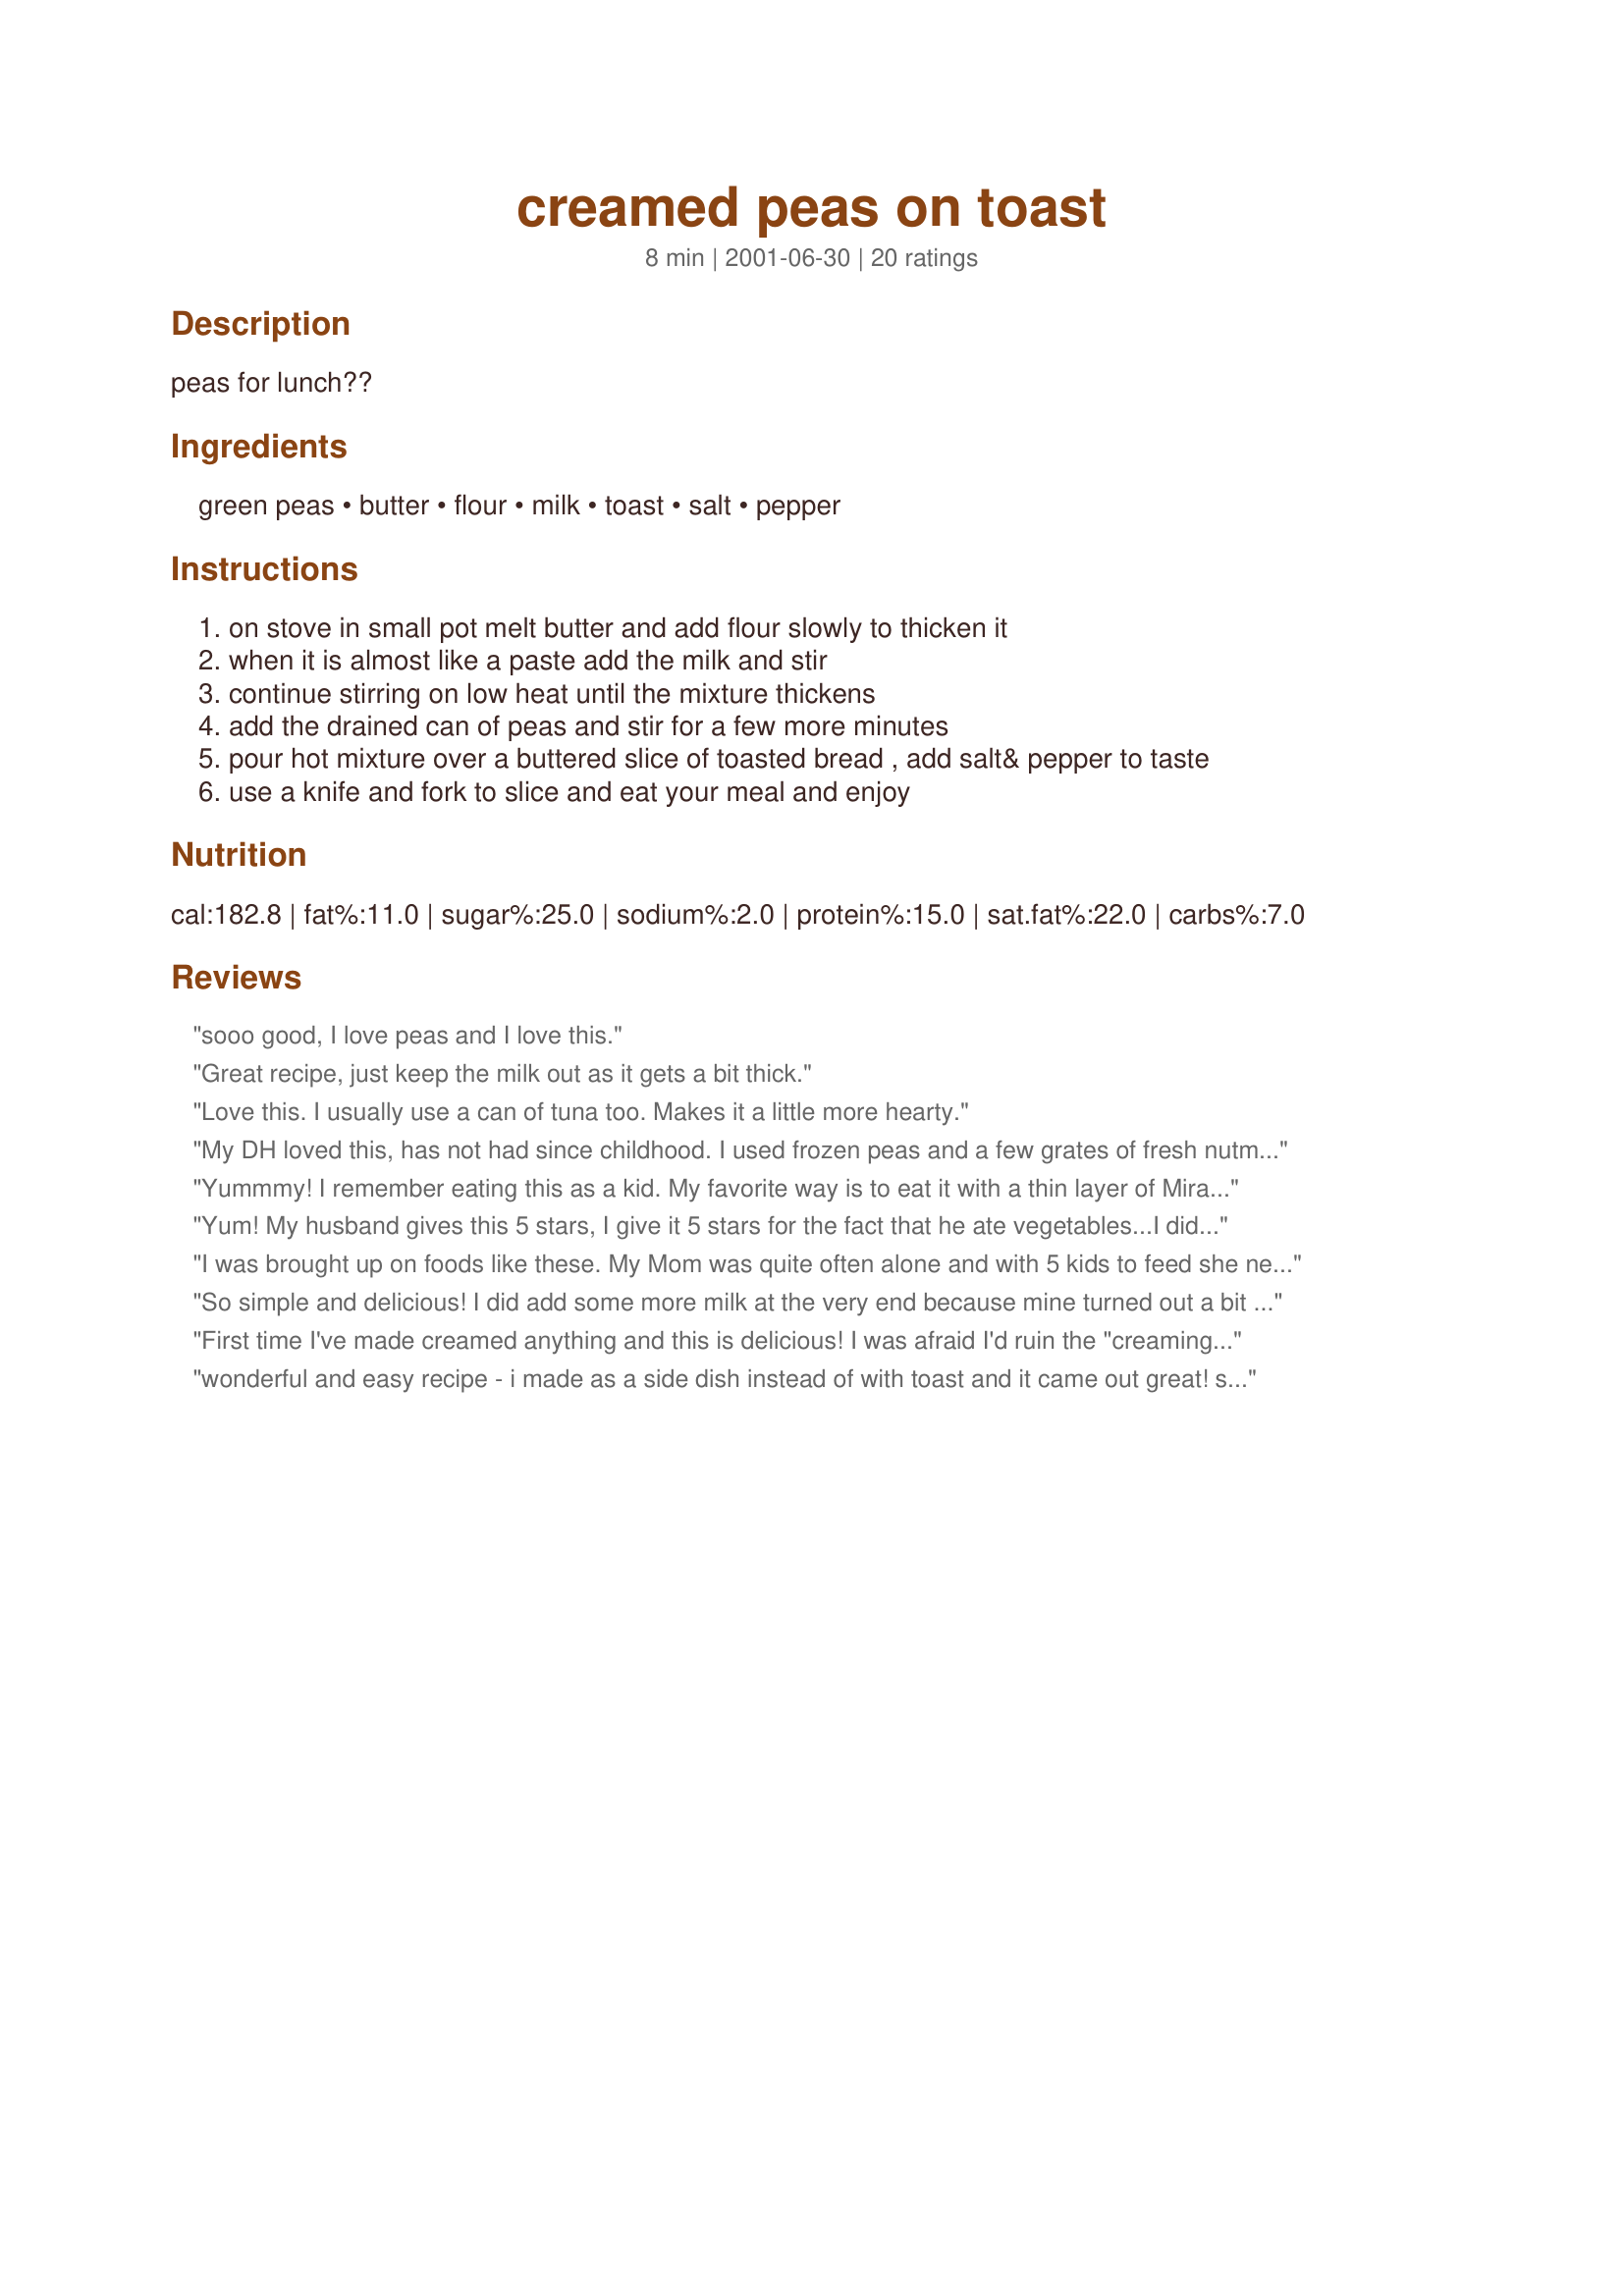
creamed peas on toast
Preparation time: 8 minutes

peas for lunch??

Ingredients:
green peas, butter, flour, milk, toast, salt, pepper

Steps:
on stove in small pot melt butter and add flour slowly to thicken it
when it is almost like a paste add the milk and stir
continue stirring on low heat until the mixture thickens
add the drained can of peas and stir for a few more minutes
pour hot mixture over a buttered slice of toasted bread , add salt& pepper to taste
use a knife and fork to slice and eat your meal and enjoy

Reviews:
sooo good, I love peas and I love this.
Great recipe, just keep the milk out as it gets a bit thick.
Love this. I usually use a can of tuna too. Makes it a little more hearty.
My DH loved this, has not had since childhood. I used frozen peas and a few grates of fresh nutmeg. We used the peas as a side dish for pork chops.
Yummmy! I remember eating this as a kid. My favorite way is to eat it with a thin layer of Miracle 
Whip and a couple of slices of bacon on the toast.
Yum! My husband gives this 5 stars, I give it 5 stars for the fact that he ate vegetables...I did end up adding about an extra cup of milk, the mixture turned into putty with just 1/2 cup of milk in it. Thanks for a quick, easy veggie for a week night. I didn't serve it on toast, but I imagine it would be fantastic on toast.
I was brought up on foods like these. My Mom was quite often alone and with 5 kids to feed she needed easy, filling good. I still love them to this day. The only thing I found different in this recipe is the amount of milk..I was taught a roux was usually 1 butter (tbsp) 1 flour (tbsp) 1 cup of milk or milk mixed with the juice of the peas or whatever vegetable you are using. Due to illness, there are many foods I can't eat but I love these comfort ones and they don't hurt me. I use olive oil becel in a dish, covered, and melt it in the microwave. I quickly whisk in the equal amount flour, then slowly add the milk pea juice to equal, whisking, then microwaving covered for 1 minute at a time then whisk each time. Once the peas are in, another minute or so in the microwave. Another goodie is creamed asparagus on toast..I mash the asparagus before adding to the roux. YUM!!! Cheap but easy dining, especially on a cold winter day!!!
So simple and delicious! I did add some more milk at the very end because mine turned out a bit thick for my tastes. Thanks a bunch for posting!
First time I've made creamed anything and this is delicious! I was afraid I'd ruin the "creaming" process, but it was very easy. I'll be honest, I didn't put this but used the creamed peas as a side dish. Perfect size for our little family of two.
wonderful and easy recipe - i made as a side dish instead of with toast and it came out great! simple for us beginner cooks :)
Sometimes the beyond simple recipes are the best! This was served with BBQ grilled veggies and a salad. Simple, easy, fast and tasty. Thanks Sherry B
These peas were very good. Nice change to plain canned peas. Thanks
This is comfort food at its best. Cheap as all get-out, and easy to make, too. I never had creamed peas over toast before I followed this recipe, and I LOVED the texture combination. Great recipe!!
Grew up on this kinda stuff! Only thing we did different was to tear the toast up in little pieces before pouring the cream peas over it! Little salt and pepper and you're on your way to an awesome treat!!
I love this. Used to make this when I was a bachelor and anxiously awaiting pay day. Make it now just because we like it. Sometimes I mix in a tin of salmon to the creamed peas just before spooning on to hot buttered toast.
I'm not going to rate with stars, because I haven't actually made THIS recipe ... but I have had a very similar version of this many, many rimes. It's one of my go-to comfort foods ... instantly makes me feel better. We always put grated parmesan in the white sauce, and even sprinkle a bit more on top of it on the toast! ... I'm craving it now!
Thanks! I grew up loving creamed peas. My own children and hubby don't like them though! Shame on them. But I had never tried them on toast. Great!
Quick and easy recipe. Thanks Bohod
Quick, easy and cheap. Especially delicious when eaten with the Light Wheat Bread from "Bread Baker's Apprentice"
Perfect. I added a touch of sugar for my own liking. Tonight I served this with cubed boiled potatoes along side meatloaf.
